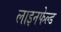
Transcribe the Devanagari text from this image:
लाइनफेल्ड